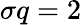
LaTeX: \sigma q=2